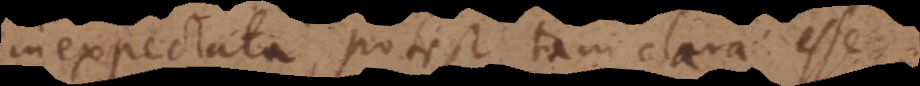
inexpectata potest tam clara esse,